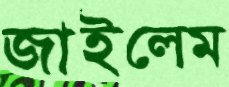
জাইলেম